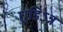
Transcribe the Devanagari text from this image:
एडिऽन्न